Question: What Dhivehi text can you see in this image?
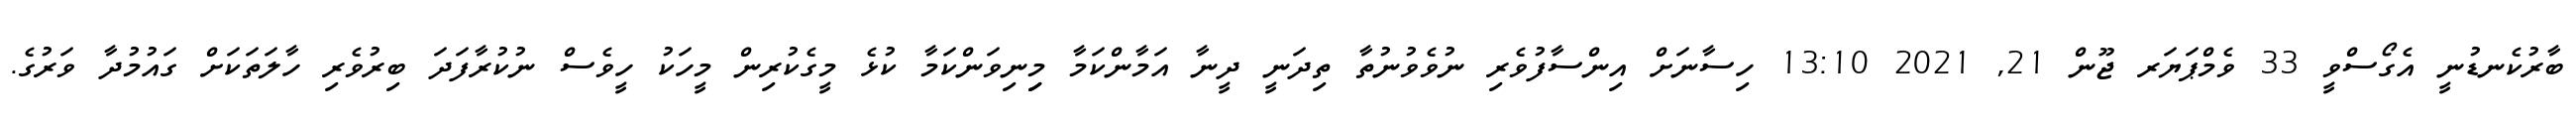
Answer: ބާރުކެނޑުނީ އެގޯސްވީ 33 ވެމްޕަޔަރ ޖޫން 21, 2021 13:10 ހިސާނަށް އިންސާފުވެރި ނުވެވުނުތާ ތިދަނީ ދީނާ އަމާންކަމާ މިިނިވަންކަމާ ކުޅެ މީގެކުރިން މީހަކު ހީވެސް ނުކުރާފަދަ ބިރުވެރި ހާލަތަކަށް ގައުމުދާ ވަރުގެ.